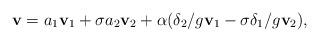
LaTeX: \begin{align*}\mathbf v=a_1\mathbf v_1+\sigma a_2\mathbf v_2+\alpha(\delta_2/g\mathbf v_1-\sigma\delta_1/g\mathbf v_2),\end{align*}